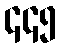
၄၄၅